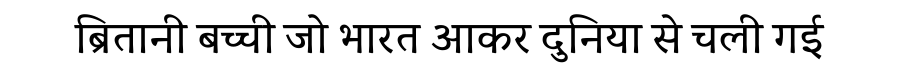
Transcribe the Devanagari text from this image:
ब्रितानी बच्ची जो भारत आकर दुनिया से चली गई